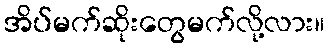
အိပ်မက်ဆိုးတွေမက်လို့လား။